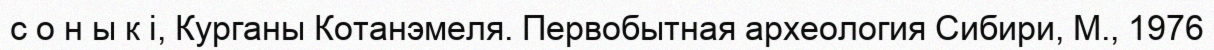
с о н ы к і, Курганы Котанэмеля. Первобытная археология Сибири, М., 1976